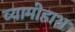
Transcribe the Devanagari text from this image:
व्यामोहाभ